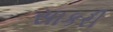
સાકરી